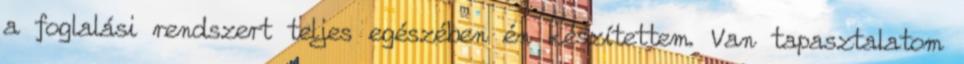
a foglalási rendszert teljes egészében én készítettem. Van tapasztalatom